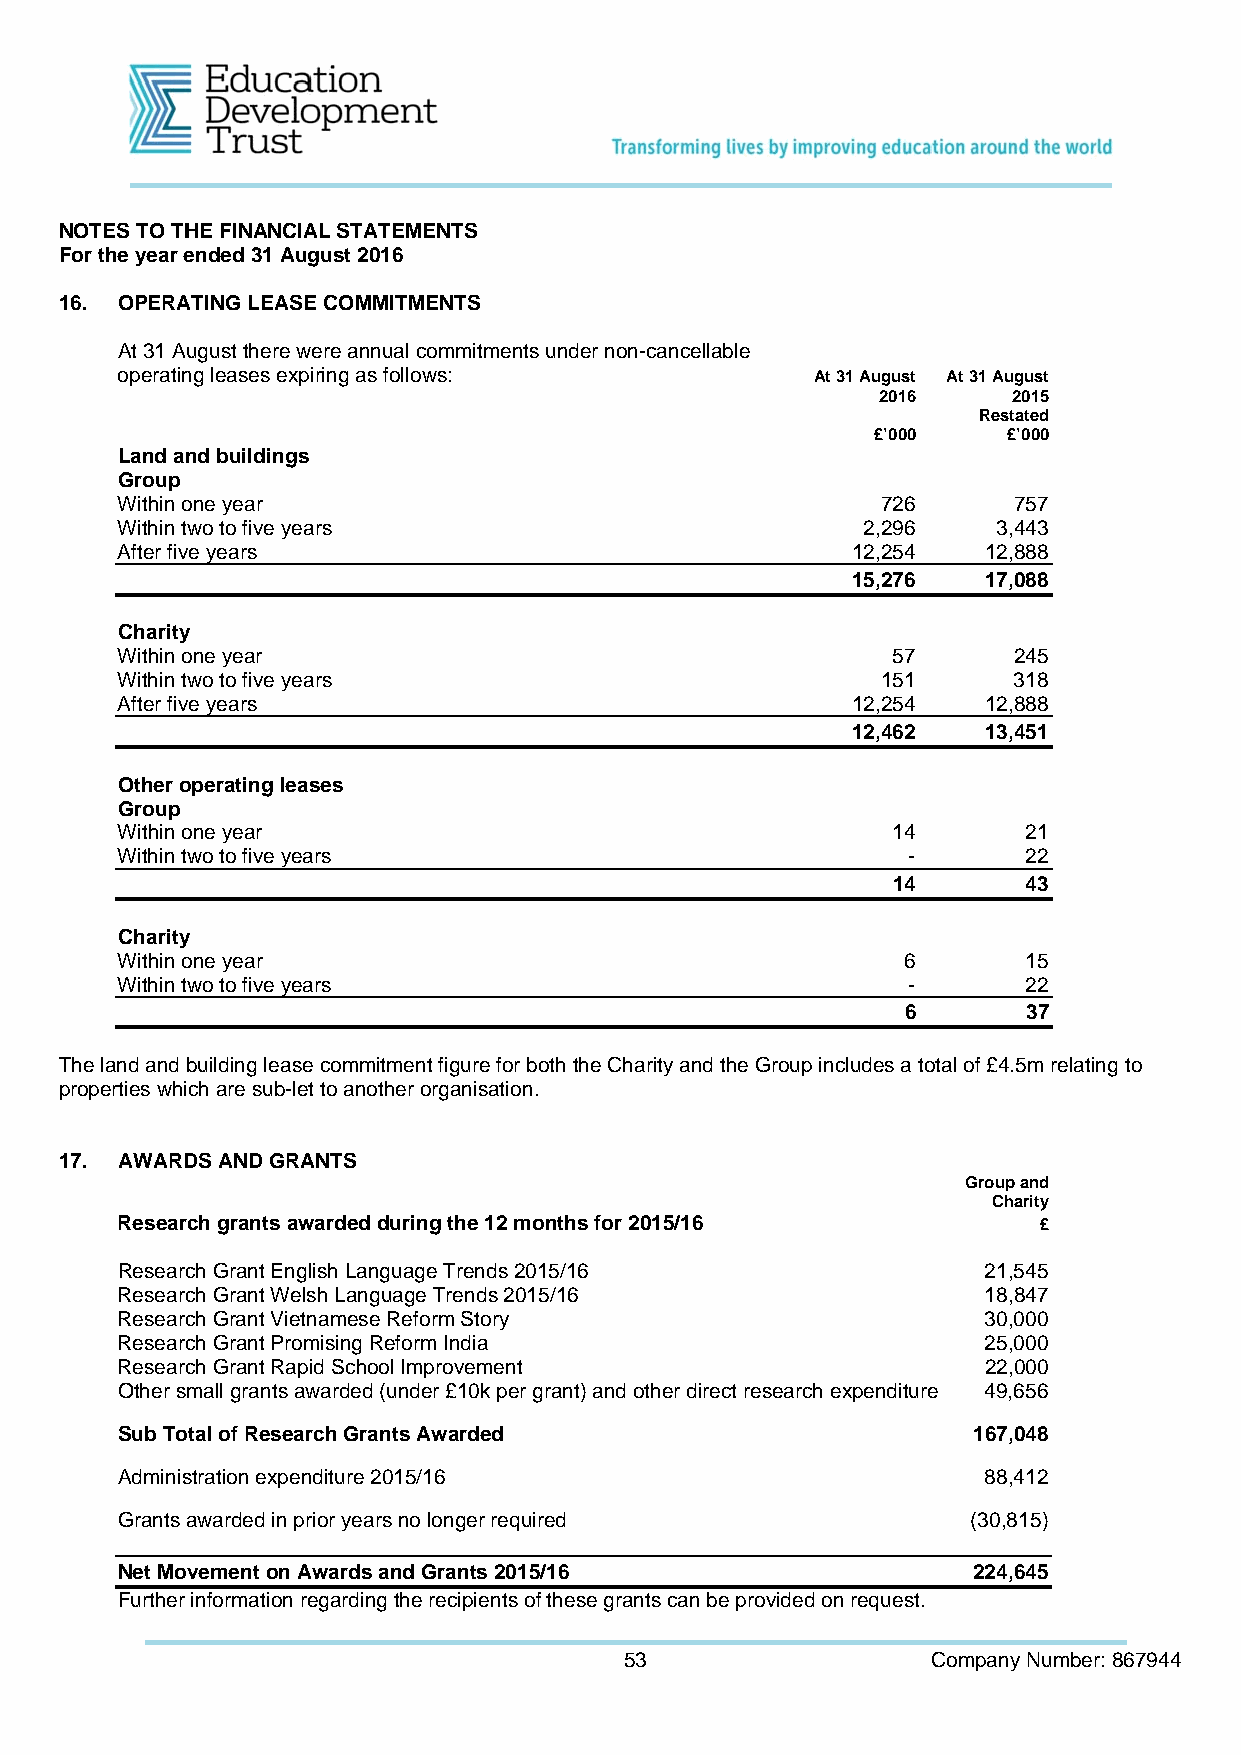
NOTES TO THE FINANCIAL STATEMENTS
 For the year ended 31 August 2016
 16. OPERATING LEASE COMMITMENTS
 At 31 August there were annual commitments under non-cancellable
 operating leases expiring as follows:         At 31 August At 31 August
 2016     2015
 Restated
 £’000    £’000
 Land and buildings
 Group
 Within one year                                   726      757
 Within two to five years                         2,296    3,443
 After five years                                12,254   12,888
 15,276   17,088
 Charity
 Within one year                                    57      245
 Within two to five years                          151      318
 After five years                                12,254   12,888
 12,462   13,451
 Other operating leases
 Group
 Within one year                                    14       21
 Within two to five years                            -       22
 14       43
 Charity
 Within one year                                     6       15
 Within two to five years                            -       22
 6       37
 The land and building lease commitment figure for both the Charity and the Group includes a total of £4.5m relating to
 properties which are sub-let to another organisation.
 17. AWARDS AND GRANTS
 Group and
 Charity
 Research grants awarded during the 12 months for 2015/16     £
 Research Grant English Language Trends 2015/16           21,545
 Research Grant Welsh Language Trends 2015/16             18,847
 Research Grant Vietnamese Reform Story                   30,000
 Research Grant Promising Reform India                    25,000
 Research Grant Rapid School Improvement                  22,000
 Other small grants awarded (under £10k per grant) and other direct research expenditure 49,656
 Sub Total of Research Grants Awarded                    167,048
 Administration expenditure 2015/16                       88,412
 Grants awarded in prior years no longer required        (30,815)
 Net Movement on Awards and Grants 2015/16               224,645
 Further information regarding the recipients of these grants can be provided on request.
 53                   Company Number: 867944